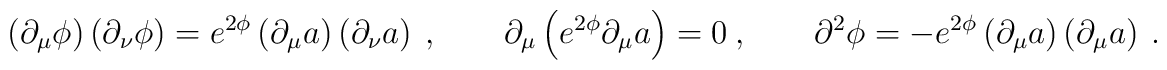
\left( \partial_\mu \phi \right)\left( \partial_\nu \phi \right)= e^{2\phi} \left( \partial_\mu a \right) \left( \partial_\nu a \right)\ ,\qquad\partial_\mu \left( e^{2\phi} \partial_\mu a \right) = 0\ ,\qquad\partial^2 \phi = - e^{2\phi}\left( \partial_\mu a \right) \left( \partial_\mu a \right)\ .